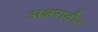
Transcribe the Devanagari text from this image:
अक्षरातीत